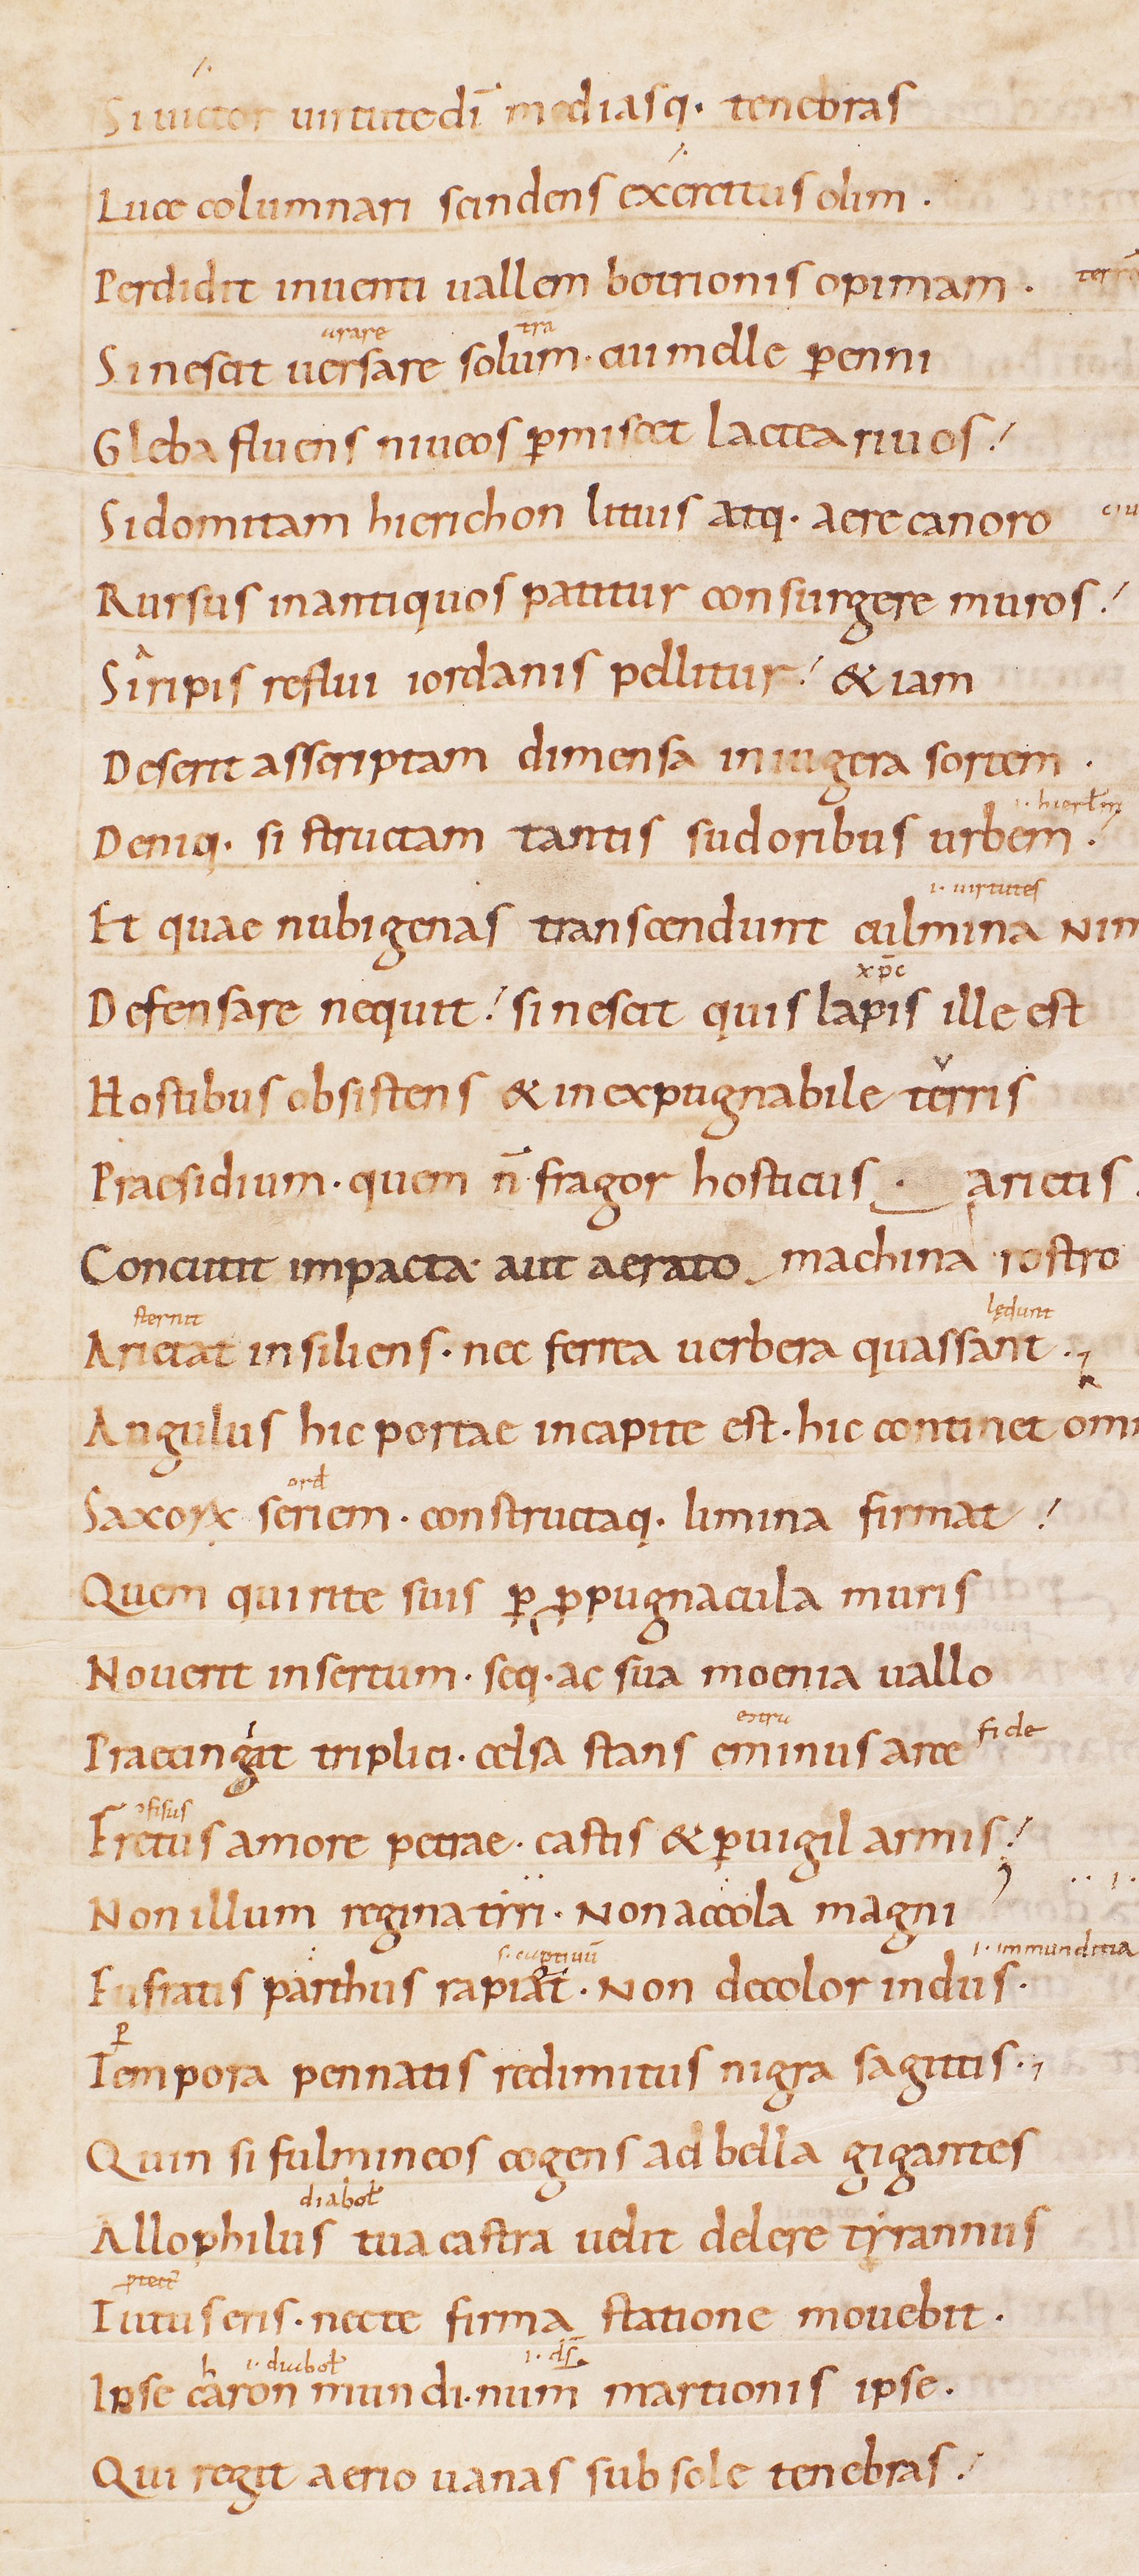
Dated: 885–915